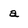
Character: a